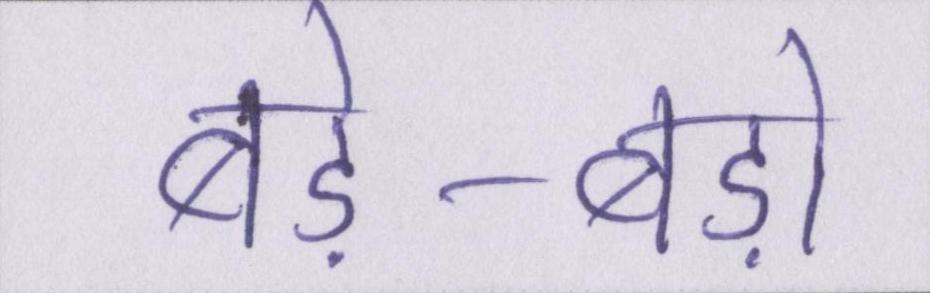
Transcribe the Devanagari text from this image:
बड़े-बड़ों